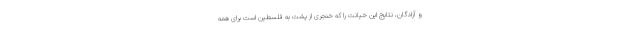
و آزادگان، نتایج این خیانت را که خنجری از پشت به فلسطین است برای همه